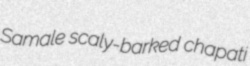
Samale scaly-barked chapati